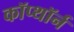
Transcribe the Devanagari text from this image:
कॉप्थॉर्न